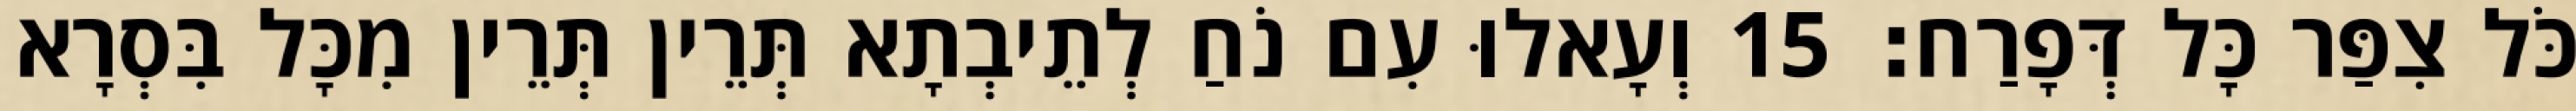
כֹּל צִפַּר כָּל דְּפָרַח׃ 15 וְעָאלוּ עִם נֹחַ לְתֵיבְתָא תְּרֵין תְּרֵין מִכָּל בִּסְרָא